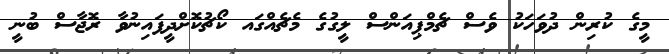
މީގެ ކުރިން ދުވަހަކު ވެސް ޗެމްޕިއަންސް ލީގުގެ މެޗެއްގައ ކޯޗުކޮށްދީފައިނުވާ ރޮޖާސް ބުނީ